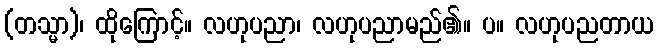
(တသ္မာ)၊ ထိုကြောင့်။ လဟုပညာ၊ လဟုပညာမည်၏။ ပ။ လဟုပညတာယ